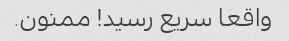
واقعا سریع رسید! ممنون.